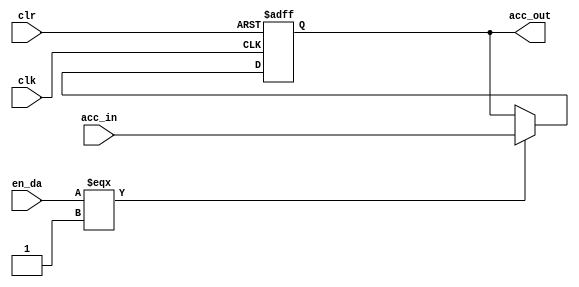
module acc(
	  clk,
	  clr,
	  acc_in,
	  acc_out,
	  en_da
	  );
   input wire clk;
   input wire clr;
   input wire [7:0] acc_in;
   input wire 	    en_da;
   
   output  wire [7:0] acc_out;
   reg [7:0] 	      temp_acc;
   
   always @(posedge clk or negedge clr)
     begin
	if( clr  === 1'b0)
	  begin
	     temp_acc <= 8'b00000000;
	  end
	else if(en_da === 1'b1)
	  begin
	     temp_acc <= acc_in;
	  end
	else
	  begin
	  end
     end // always @ (posedge clk or negedge clr)
   
   assign acc_out = temp_acc;
   
   
endmodule